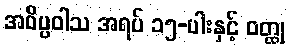
အဝိပ္ပဝါသ အရပ် ၁၅-ပါးနှင့် ဝတ္ထု